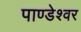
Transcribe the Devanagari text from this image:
पाण्डेश्वर